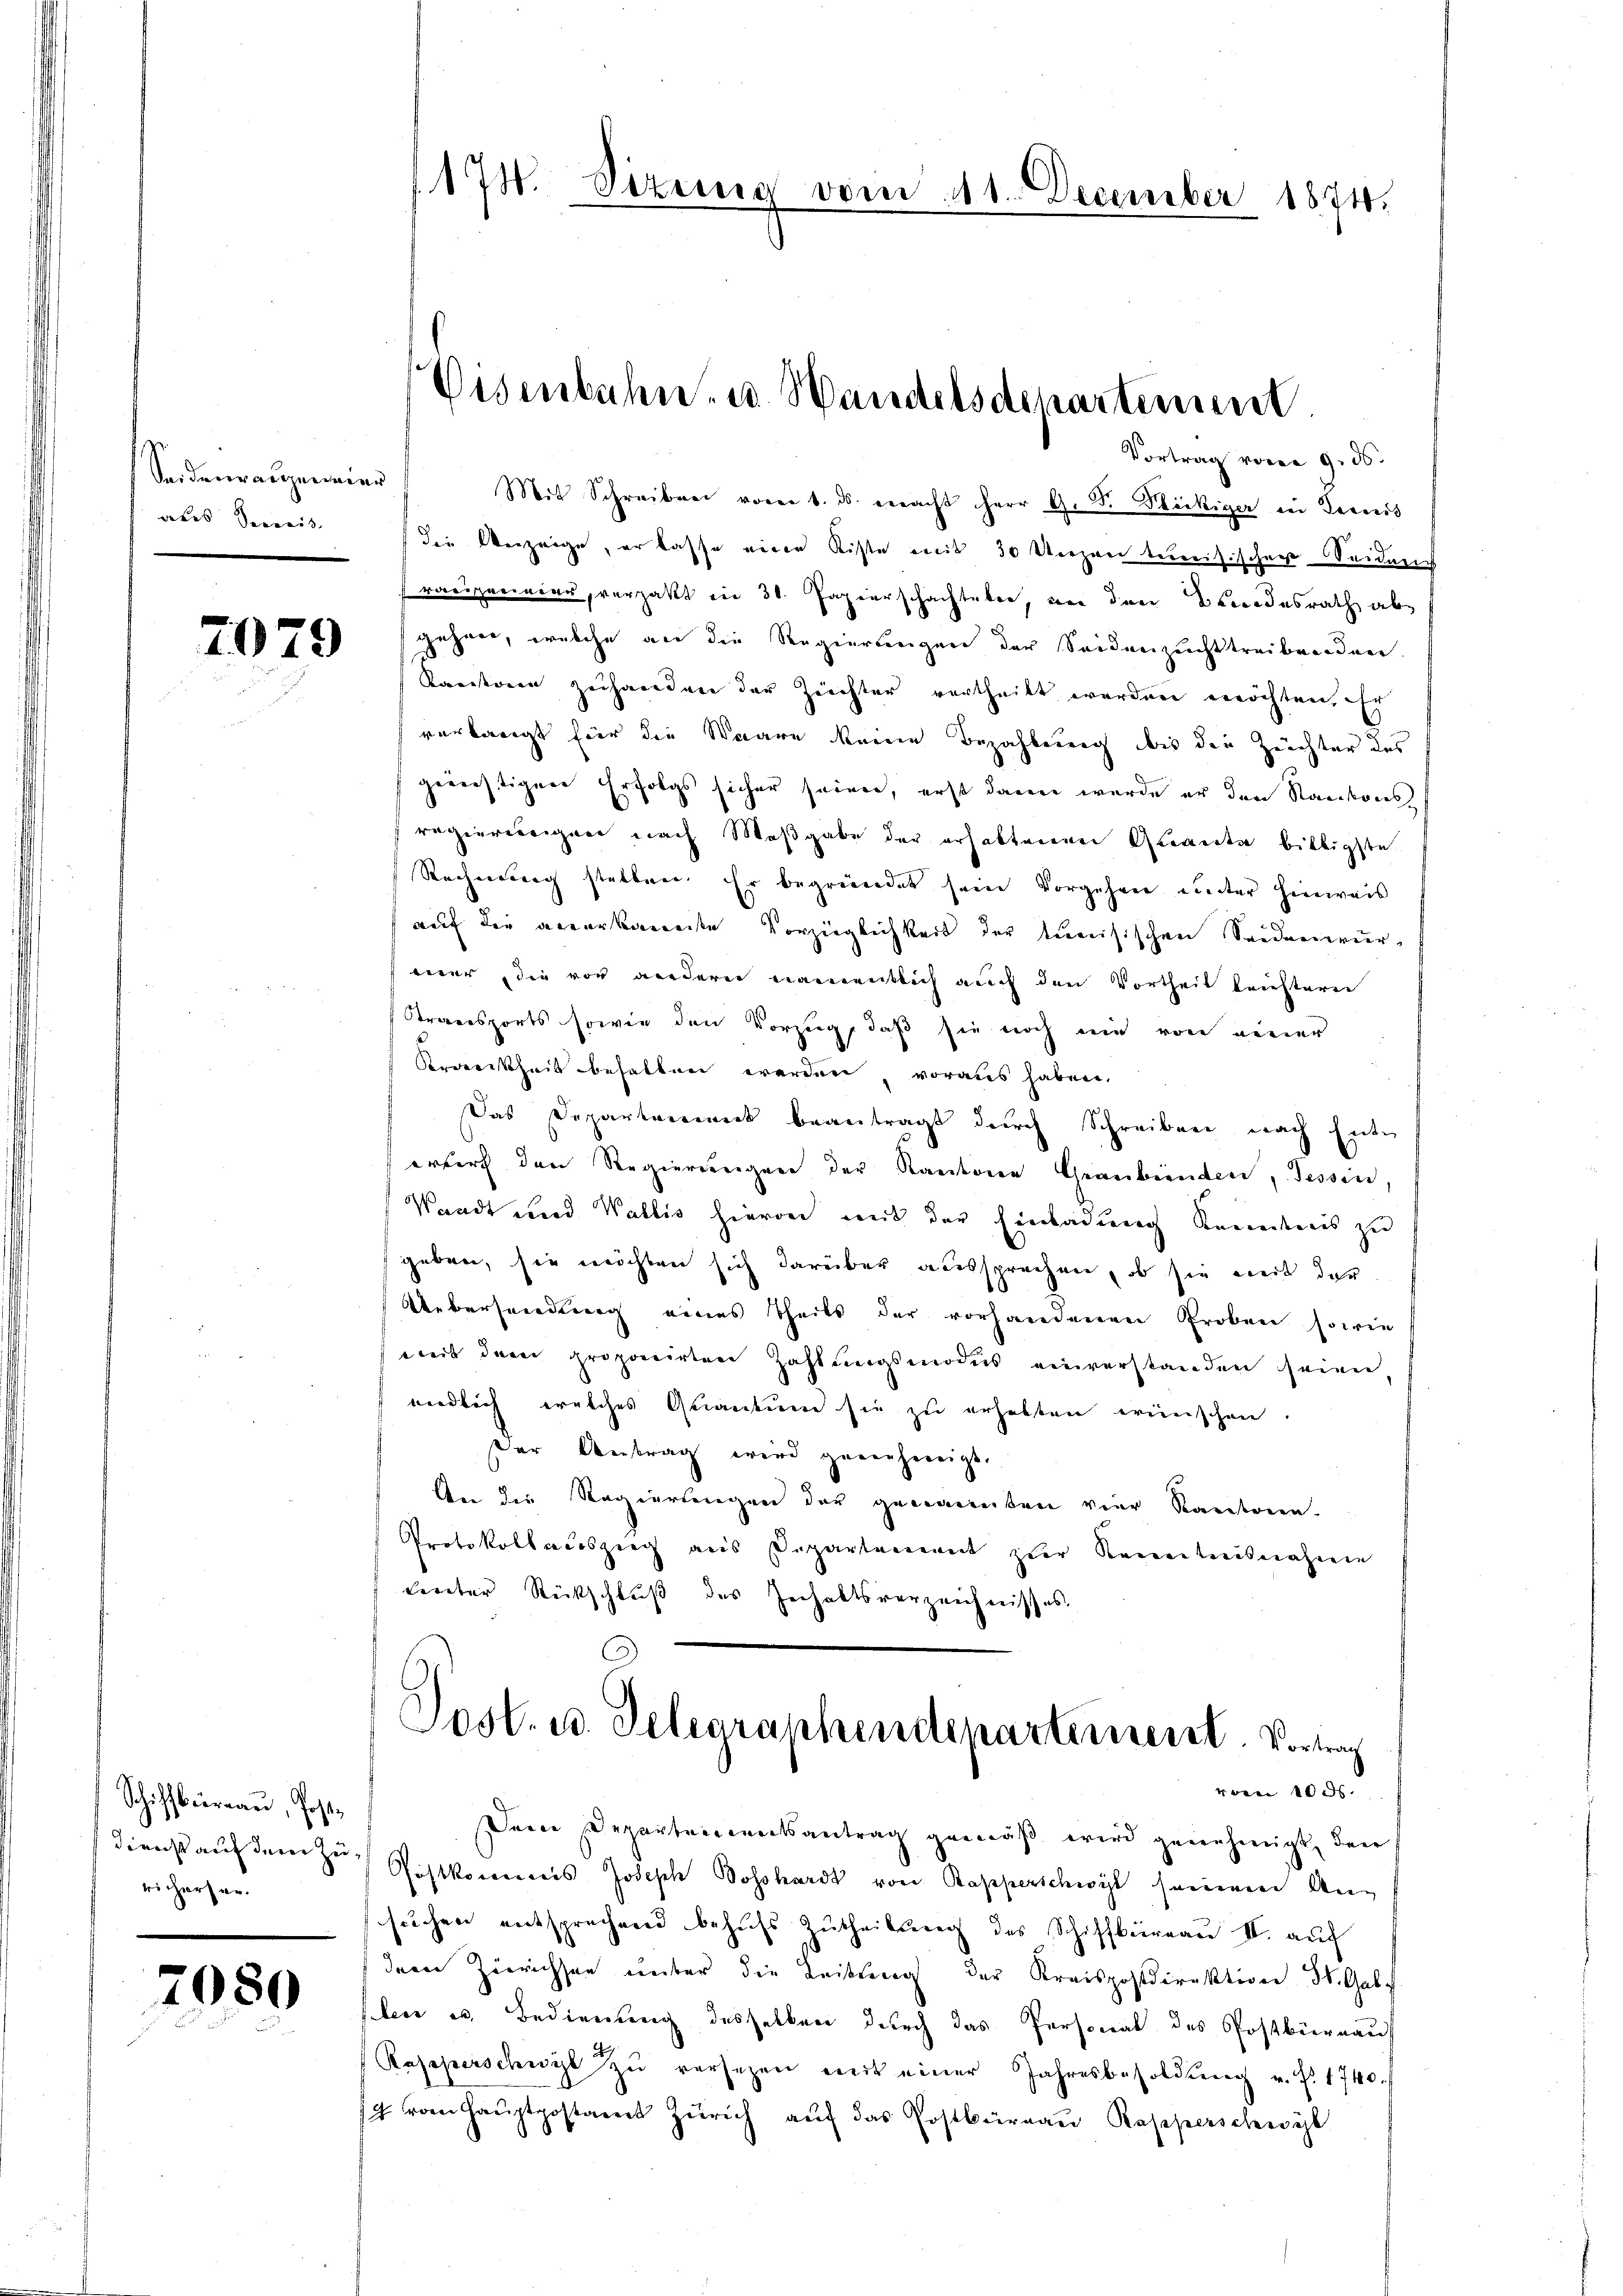
Seiderrangenier
ates Semess

7080

7079

Schiffbargau, Postdienst auf dem Zurichersen.

Vortrag vom 9. 56.
Mit Schreiben vom 1. ds. eracht Herr G. J. Stöckiger bei dernis
die Verzeige, er lasse eine Kiste mit 30 Unzen tunisischen Weiden
rariservier, verzakt in 30. Papierschachteter, von den Bundesrath abgehen, welche an die Regierungen der Seidenzuchttreibenden.
Kantone zuhanden der Züchter vertheilt werden möchten. Er
verlangt für die Waare keine Bezahlung bis die Zeichter des
gerichtigen Erfolgs sicher seiner, erst dann wurde er den Rankons
regiereitigen nach Maßgabe der erhaltenen Quante bittigste
Rechnung stellen. Er begründet sein vorgehen unter Hinweis
auf die accorkamente Vorzüglichkeit der tuerisischen Seidenwurmer die vor andern namentlich auch den Vortheil leistern
Stransports sowie den Vorzug, daß sie noch um von einer
Kranckheit behalten werden voraus haben.
Das Departement beantragt durch Schreiben nach Enterfert den Regierungen der Kantonen Graubünden, Tessin,
Waadt und Wallis hievon mit der Einladung Kenntnis zu
geben, sie möchten sich darüber aussprechen, ob sie mit der
Uebersendung eines Theils der vorhandenen Proben sowie
weit der proponirten Zahlungsmodus einverstanden seien
niedlich welches Quantum sie zu erhalten wünschen.
der Antrag wird geneneigt.
An die Regiertingen der genannten vier Kantonen.
Protokollauszieg aus Departement zur Kenntnisnahme
leuter Rückschluß des Inhaltsverzeichnisses.

174. Sizinie vom 111. December 1874.

Disenbahn u. Wandelsdepartement

Post. u. Gelegraphendeparterneret. Vortrag
vom 1000.

Dein Departementsantrag gemäß wird genehmigt, den
Postkomis Joseph Bosshardt von Rapperschwyl seinem Ansuchen entsprechend behufs Zutheilung des Schiffbüreau II. aŭf
dem Zürichsen unter die Leitung der Kreispostdirektion St. Gal
flen u. Bedienung desselben durch das Personal des Postbüreau
Rasperschwyz zu versetzen mit einer Jahresbesoldung v. J. 1740.
t vom Haŭptpostamt Zürich aŭf das Postbüreaŭ Rapperschwyt